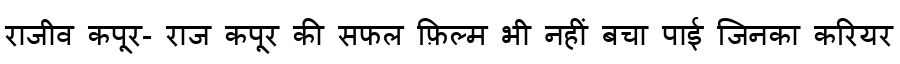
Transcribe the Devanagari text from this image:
राजीव कपूर- राज कपूर की सफल फ़िल्म भी नहीं बचा पाई जिनका करियर